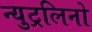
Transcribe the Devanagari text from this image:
न्युट्रलिनो